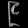
Digit: ၉